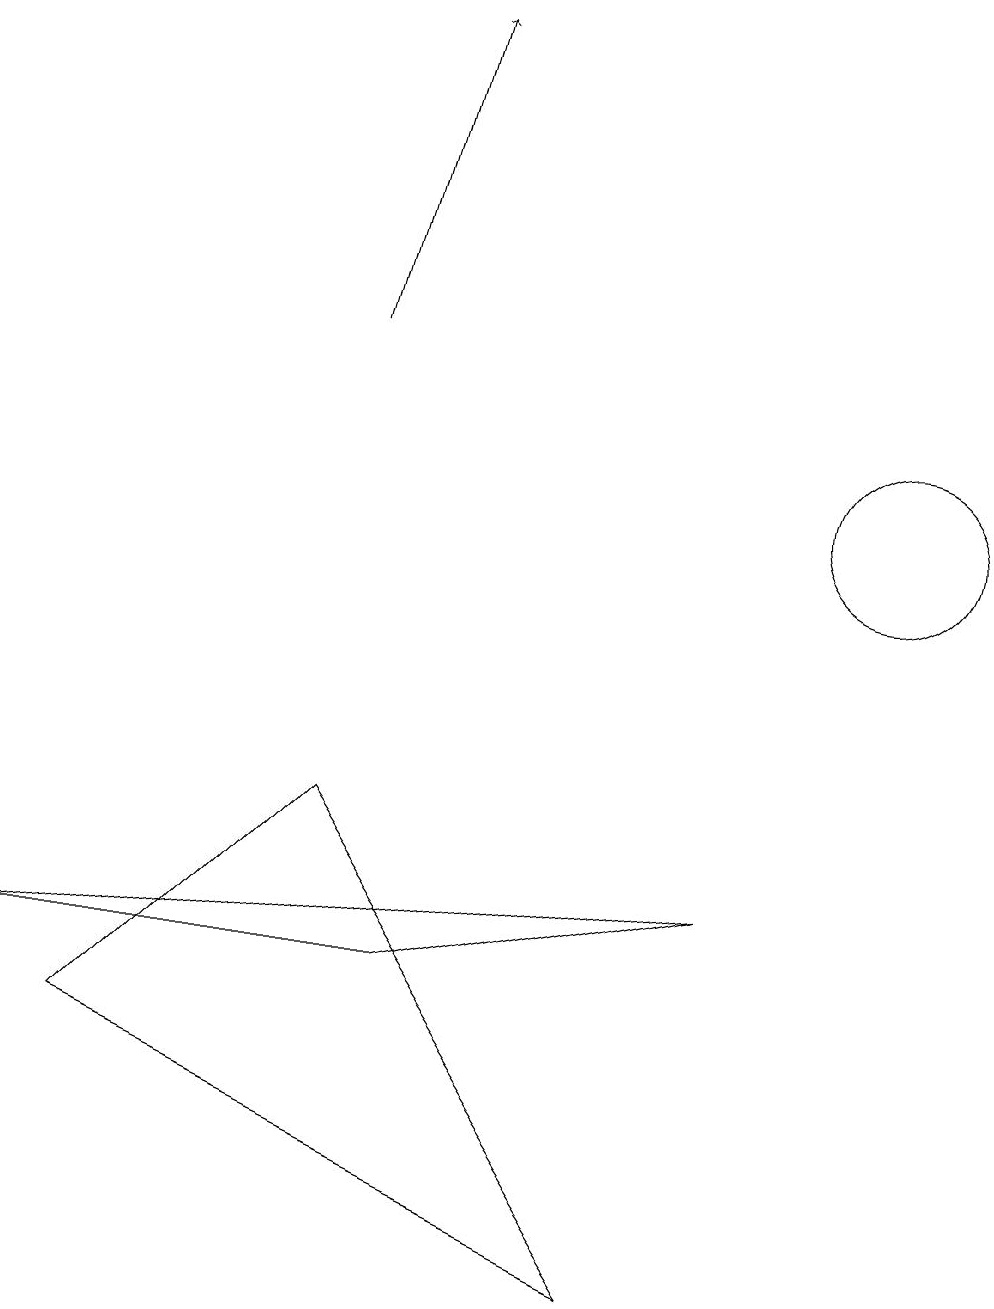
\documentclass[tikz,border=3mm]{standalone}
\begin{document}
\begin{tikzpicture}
\draw (11,11) circle (1);
\draw[->] (4,13) -- (5,17);
\draw (0,5) -- (5,5) -- (9,6) -- cycle;
\draw (1,4) -- (8,1) -- (4,7) -- cycle;
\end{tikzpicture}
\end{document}